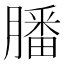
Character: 膰